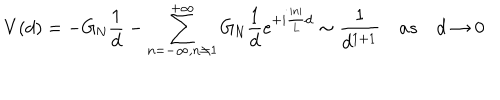
V ( d ) = - G _ { \mathrm { N } } { \frac { 1 } { d } } - \sum _ { n = - \infty , n \not = 1 } ^ { + \infty } G _ { \mathrm { N } } { \frac { 1 } { d } } e ^ { + i { \frac { | n | } { L } } d } \sim { \frac { 1 } { d ^ { 1 + 1 } } } \quad a s \quad d \rightarrow 0